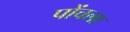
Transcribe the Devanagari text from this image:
पोंचला